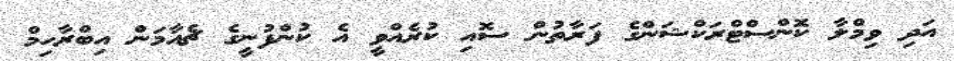
އަދި ވިމްލާ ކޮންސްޓްރަކްޝަންގެ ފަރާތުން ސޮއި ކުރެއްވީ އެ ކުންފުނީގެ ޗެއާމަން އިބްރާހިމް